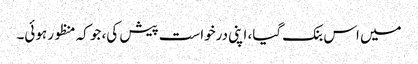
میں اس بنک گیا، اپنی درخواست پیش کی، جو کہ منظور ہوئی۔